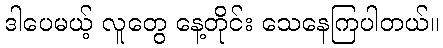
ဒါပေမယ့် လူတွေ နေ့တိုင်း သေနေကြပါတယ်။